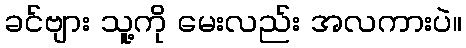
ခင်ဗျား သူ့ကို မေးလည်း အလကားပဲ။